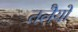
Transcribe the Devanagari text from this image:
तलेैयों